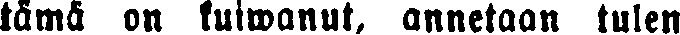
tämä on kuiwanut, annetaan tulen